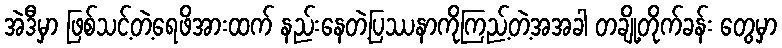
အဲဒီမှာ ဖြစ်သင့်တဲ့ရေဖိအားထက် နည်းနေတဲ့ပြဿနာကိုကြည့်တဲ့အအခါ တချို့တိုက်ခန်း တွေမှာ